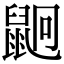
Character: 𪕍